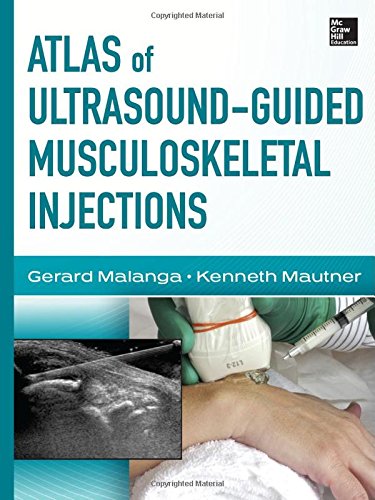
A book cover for Atlas of Ultrasound-Guided Musculoskeletal Injections (Atlas Series); Gerard Malanga; Medical Books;